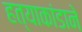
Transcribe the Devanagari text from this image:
हत्याकांडाने